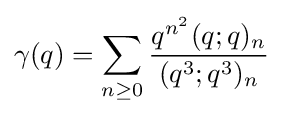
\gamma (q)=\sum _{n\geq 0}{\frac {q^{n^{2}}(q;q)_{n}}{(q^{3};q^{3})_{n}}}